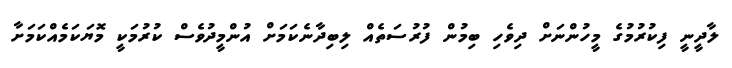
ލާދީނީ ފިކުރުމުގެ މީހުންނަށް ދިވެހި ބިމުން ފުރުސަތެއް ލިބިދާނެކަމަށް އުންމީދުވެސް ކުރުމަކީ މޮޔަކަމެއްކަމަށާ